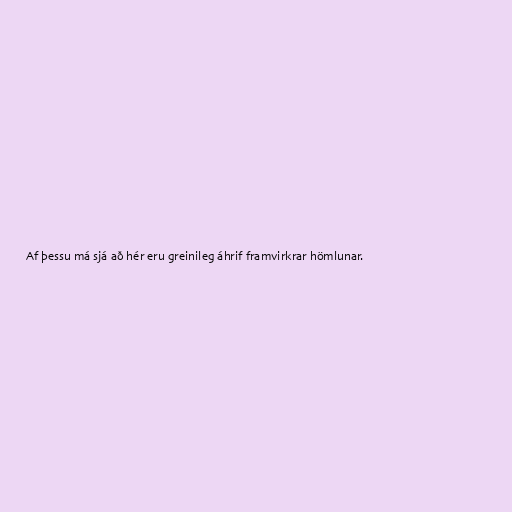
Af þessu má sjá að hér eru greinileg áhrif framvirkrar hömlunar.